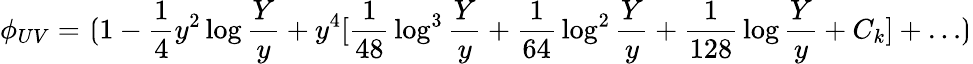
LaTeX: \phi_{UV}=\lgroup 1-{\frac{1}{4}}y^{2}\log{\frac{Y}{y}}+y^{4}[{\frac{1}{48}}\log^{3}{\frac{Y}{y}}+{\frac{1}{64}}\log^{2}{\frac{Y}{y}}+{\frac{1}{128}}\log{\frac{Y}{y}}+C_{k}]+\ldots\rgroup